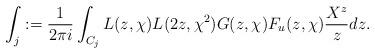
LaTeX: \begin{align*}\int_j:=\frac{1}{2\pi i}\int_{C_j}L(z, \chi) L(2z, \chi^{2}) G(z, \chi) F_{u}(z, \chi) \frac{X^{z}}{z}dz.\end{align*}